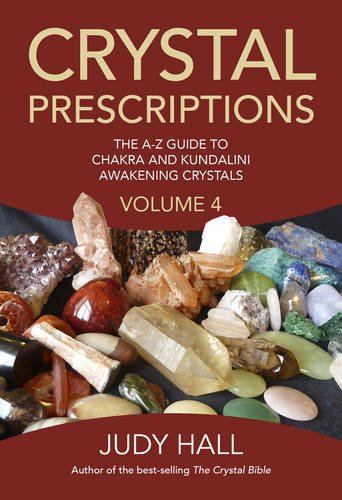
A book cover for Crystal Prescriptions: The A-Z Guide To Chakra Balancing Crystals And Kundalini Activation Stones (Crystal Bible) (Volume 4); Judy Hall; Religion & Spirituality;